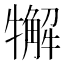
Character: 𤛳